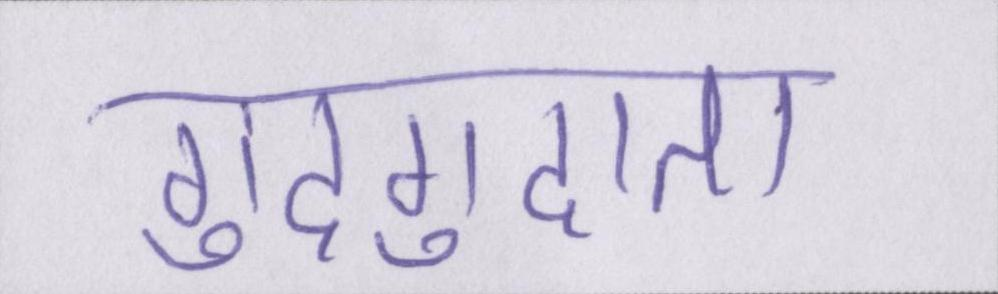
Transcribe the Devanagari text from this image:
गुदगुदाता